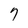
Character: 7